Leaving Certificate, 1899
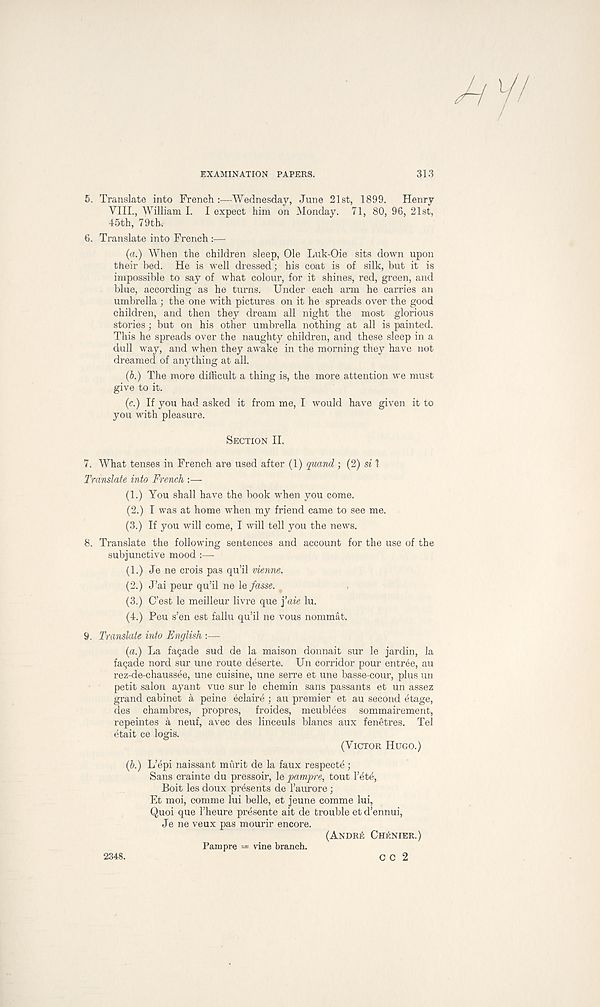
EXAMINATION PAPERS.
313
5. Translate into French :—Wednesday, June 21st, 1899.
Henry
VIII., William I. I expect him on Monday. 71, 80, 96, 21st,
45th, 79th.
6. Translate into French :—
(a.) When the children sleep, Ole Luk-Oie sits down upon
their bed. He is well dressed; his coat is of silk, but it is
impossible to say of what colour, for it shines, red, green, and
blue, according as he turns. Under each arm he carries an
umbrella ; the one with pictures on it he spreads over the good
children, and then they dream all night the most glorious
stories; but on his other umbrella nothing at all is painted.
This he spreads over the naughty children, and these sleep in a
dull way, and when they awake in the morning they have not
dreamed of anything at all.
(b.) The more difficult a thing is, the more attention we must
give to it.
(c.) If you had asked it from me, I would have given it to
you with pleasure.
SECTION II.
7. What tenses in French are used after (1) quand ; (2) si 1
Trcmslate into French :—
(1.) You shall have the book when you come.
(2.) I was at home when my friend came to see me.
(3.) If you will come, I will tell you the news.
8. Translate the following sentences and account for the use of the
subjunctive mood :—-
(1.) Je ne crois pas qu’il vienne.
(2.) J’ai peur qu’il ne le fasse.
(3.) C’est le meilleur livre que \’aie lu.
(4.) Peu s’en est fallu qu’il ne vous nommat.
9. Translate into English :—•
(a.) La facade sud de la maison donnait sur le jardin, la
faQade nord sur une route deserte. Un corridor pour entree, au
rez-de-chaussee, une cuisine, une serre et une basse-cour, plus un
petit salon ayant vue sur le chemin sans passants et un assez
grand cabinet k peine eclaire ; au premier et au second etage,
des chambres, propres, froides, meublees sommairement,
repeintes a neuf, avec des linceuls blancs aux fenetres. Tel
etait ce logis.
(VICTOR HUGO.)
(b.) L’epi naissant murit de la faux respecte ;
Sans crainte du pressoir, le pampre, tout 1’ete,
Boit les doux presents de 1’aurore;
Et moi, comme lui belle, et jeune comme lui,
Quoi que 1’heure presente ait de trouble et d’ennui,
Je ne veux pas mourir encore.
(ANDRIS CHENIER.)
Pampre — vine branch.
2348.
C C 2